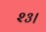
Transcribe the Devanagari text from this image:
२३।